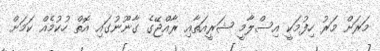
މަރަށް މަރު ހިފުމަކީ އިސްލާމީ ޝަރީއަތާއި ރާއްޖޭގެ ގާނޫނުގައި އޮތް ހުކުމެއް ކަމަށް